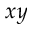
x y